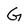
Character: G